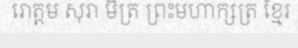
រោត្តម សុរា មិត្រ ព្រះមហាក្សត្រ ខ្មែរ